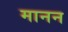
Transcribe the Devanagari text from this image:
मानन